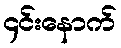
၄င်းနောက်